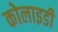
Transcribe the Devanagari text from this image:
कोलाइडी